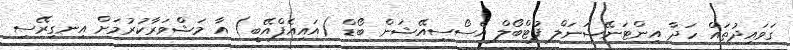
ގަވައިދުތައް ހަދާ އިންޓަނޭޝަނަލް ފުޓްބޯލް އެސޯސިއޭޝަން ބޯޑް (އައިއެފްއޭބީ) އާ މަޝްވަރާކުރުމަށް އިނގިރޭސި